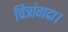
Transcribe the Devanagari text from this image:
चित्रांगदा।